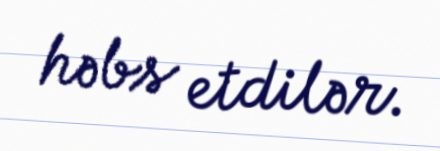
həbs etdilər.